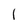
Character: 1